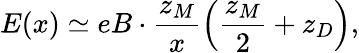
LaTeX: E(x)\simeq eB\cdot\frac{z_{M}}{x}\left(\frac{z_{M}}{2}+z_{D}\right),